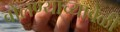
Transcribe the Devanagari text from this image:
बोलण्याच्यावेळी